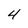
Character: 4